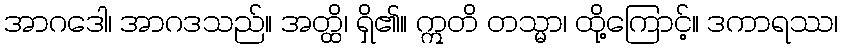
အာဂဒေါ၊ အာဂဒသည်။ အတ္ထိ၊ ရှိ၏။ ဣတိ တသ္မာ၊ ထို့ကြောင့်။ ဒကာရဿ၊